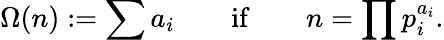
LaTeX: \Omega(n):=\sum a_{i}\qquad{\mathrm{if}}\qquad n=\prod p_{i}^{a_{i}}.